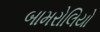
બામરોલિયો